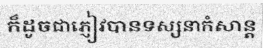
ក៏ដូចជាភ្ញៀវបានទស្សនាកំសាន្ត